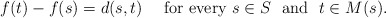
\begin{align*}f(t)-f(s)=d(s,t)\ \ \ \ \mathrm{for\ every}\ s\in S\ \ \mathrm{and}\ \ t\in M(s).\\\end{align*}